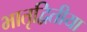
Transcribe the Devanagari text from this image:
भातृद्वितीया